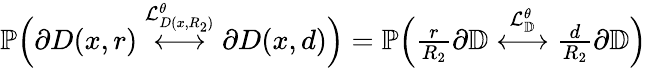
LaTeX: \begin{array}{r}{\mathbb{P}\Big(\partial D(x,r)\overset{\mathcal{L}_{D(x,R_{2})}^{\theta}}{\longleftrightarrow}\partial D(x,d)\Big)=\mathbb{P}\Big(\frac{r}{R_{2}}\partial\mathbb{D}\overset{\mathcal{L}_{\mathbb{D}}^{\theta}}{\longleftrightarrow}\frac{d}{R_{2}}\partial\mathbb{D}\Big)}\end{array}